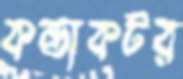
কন্ডাকটর